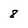
Character: 8